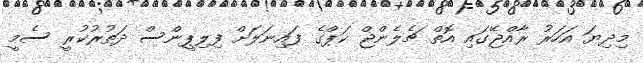
މިދިޔަ އަހަރު ރާއްޖޭގައި އޮތް ޗެލެންޖް ކަޕްގެ ފައިނަލަށް ފިލިޕީންސް ދަތުރުކުރީ ސެމީ